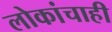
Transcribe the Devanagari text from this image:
लोकांचाही